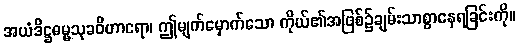
အယံဒိဋ္ဌဓမ္မသုခဝိဟာရော၊ ဤမျက်မှောက်သော ကိုယ်၏အဖြစ်၌ချမ်းသာစွာနေရခြင်းကို။